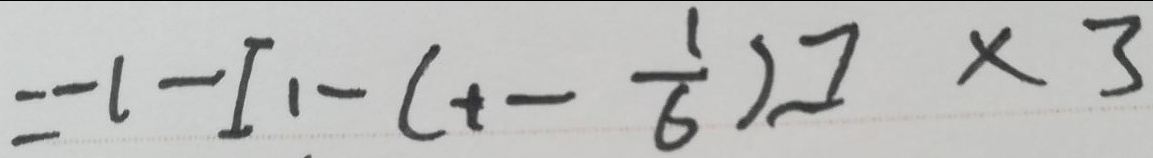
= - 1 - [ 1 - ( 1 - \frac { 1 } { 6 } ) ] \times 3